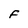
Character: f